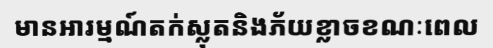
មានអារម្មណ៍តក់ស្លុតនិងភ័យខ្លាចខណៈពេល